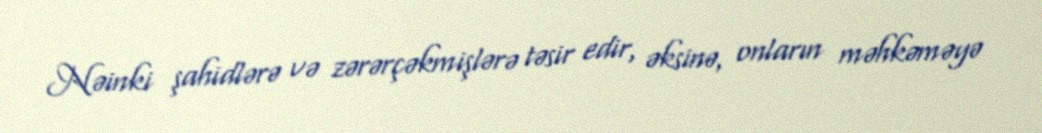
Nəinki şahidlərə və zərərçəkmişlərə təsir edir, əksinə, onların məhkəməyə